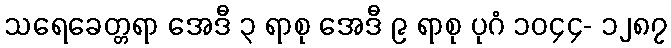
သရေခေတ္တရာ အေဒီ ၃ ရာစု အေဒီ ၉ ရာစု ပုဂံ ၁၀၄၄- ၁၂၈၇